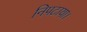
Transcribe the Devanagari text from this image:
निपटाया।